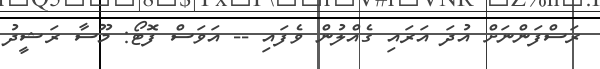
ރަސްފަންނަށް އުދަ އަރައި ގެއްލުން ވެފައި -- އަވަސް ފޮޓޯ: މޫސާ ރަޝީދު